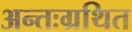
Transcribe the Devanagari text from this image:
अन्तःग्रथित